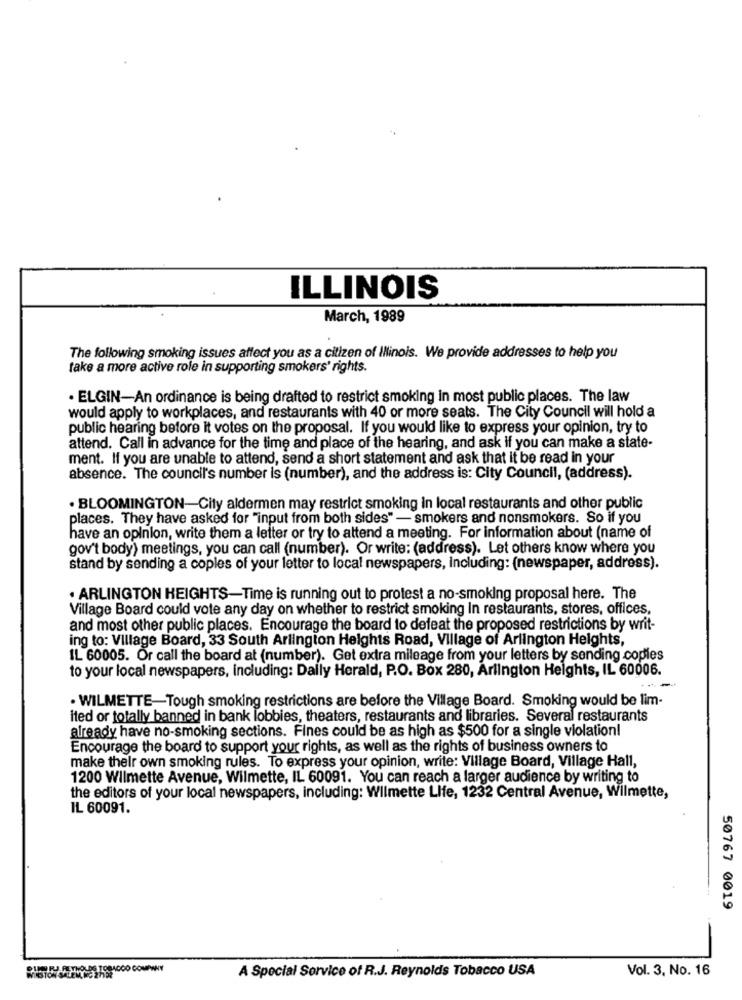
ILLINOIS
March, 1989
The following smoking issues affect you as a citizen of Illinois. We provide addresses to help you
take a more active role in supporting smokers' rights.
· ELGIN-An ordinance is being drafted to restrict smoking In most public places. The law
would apply to workplaces, and restaurants with 40 or more seats. The City Council will hold a
public hearing before it votes on the proposal. If you would like to express your opinion, try to
attend. Call in advance for the time and place of the hearing, and ask if you can make a state-
ment. If you are unable to attend, send a short statement and ask that it be read in your
absence. The council's number is (number), and the address is: City Council, (address).
· BLOOMINGTON-City aldermen may restrict smoking in local restaurants and other public
places. They have asked for "input from both sides" - smokers and nonsmokers. So if you
have an opinion, write them a letter or try to attend a meeting. For information about (name of
gov't body) meetings, you can call (number). Or write: (address). Let others know where you
stand by sending a coples of your letter to local newspapers, Including: (newspaper, address).
. ARLINGTON HEIGHTS-Time is running out to protest a no-smoking proposal here. The
Village Board could vote any day on whether to restrict smoking In restaurants, stores, offices,
and most other public places. Encourage the board to defeat the proposed restrictions by writ-
ing to: Village Board, 33 South Arlington Heights Road, Village of Arlington Heights,
IL 60005. Or call the board at (number). Get extra mileage from your letters by sending copies
to your local newspapers, including: Daily Herald, P.O. Box 280, Arlington Heights, IL 60006.
-- --
· WILMETTE-Tough smoking restrictions are before the Village Board. Smoking would be lim-
ited or totally banned in bank lobbies, theaters, restaurants and libraries. Several restaurants
already have no-smoking sections. Fines could be as high as $500 for a single violation!
Encourage the board to support your rights, as well as the rights of business owners to
make their own smoking rules. To express your opinion, write: Village Board, Village Hall,
1200 Wilmette Avenue, Wilmette, IL 60091. You can reach a larger audience by writing to
the editors of your local newspapers, including: Wilmette Life, 1232 Central Avenue, Wilmette,
IL 60091.
50767 0019
Vol. 3. No. 16
A Special Service of R.J. Reynolds Tobacco USA